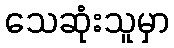
သေဆုံးသူမှာ